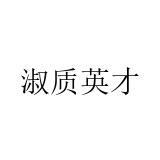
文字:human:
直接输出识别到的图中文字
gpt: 淑质英才